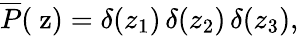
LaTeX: \overline{{{P}}}(\mathrm{\mathbf~z})=\delta(z_{1})\, \delta(z_{2})\, \delta(z_{3}),